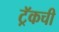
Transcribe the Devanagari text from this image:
ट्रॅकची